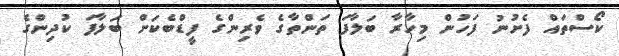
ކޯސްތައް ފެށުނު ފަހުން މިހާރާ ބަލާފަ ތަންތާގެ ވެރިންގެ ފީޑްބެކަށް ބަލާފަ ކުދިންގެ